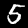
Label: 5